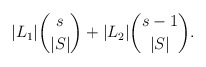
\begin{align*} |L_1|\binom{s}{|S|} + |L_2|\binom{s-1}{|S|}. \end{align*}